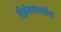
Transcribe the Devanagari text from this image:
विश्लेषणामधील